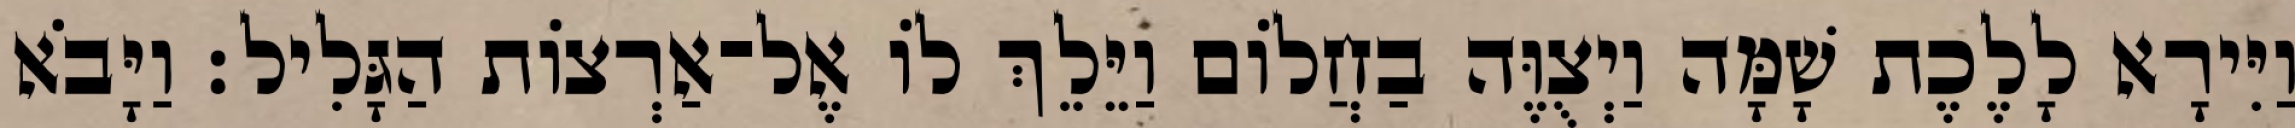
וַיִּירָא לָלֶכֶת שָׁמָּה וַיְצֻוֶּה בַחֲלוֹם וַיֵּלֵךְ לוֹ אֶל־אַרְצוֹת הַגָּלִיל׃ וַיָּבֹא